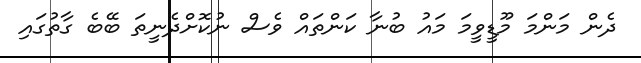
ދެން މަންމަ މޫޑީވީމަ މައު ބުނާ ކަންތައް ވެސް ނުކޮށްދެނީތަ ބޭބެ ގާތުގައި